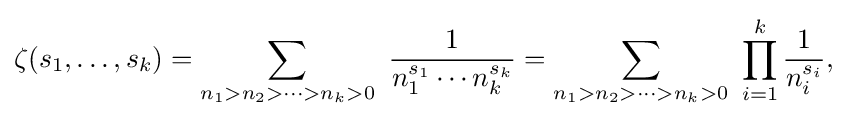
\zeta (s_{1},\ldots ,s_{k})=\sum _{n_{1}>n_{2}>\cdots >n_{k}>0}\ {\frac {1}{n_{1}^{s_{1}}\cdots n_{k}^{s_{k}}}}=\sum _{n_{1}>n_{2}>\cdots >n_{k}>0}\ \prod _{i=1}^{k}{\frac {1}{n_{i}^{s_{i}}}},\!